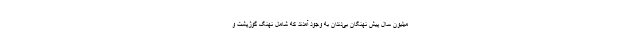
میلیون سال پیش نهنگان بی‌دندان به وجود آمدند که شامل نهنگ گوژپشت و